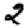
Digit: 2